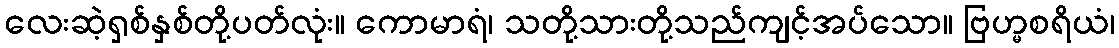
လေးဆဲ့ရှစ်နှစ်တို့ပတ်လုံး။ ကောမာရံ၊ သတို့သားတို့သည်ကျင့်အပ်သော။ ဗြဟ္မစရိယံ၊